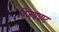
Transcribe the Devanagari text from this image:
विजयघाट